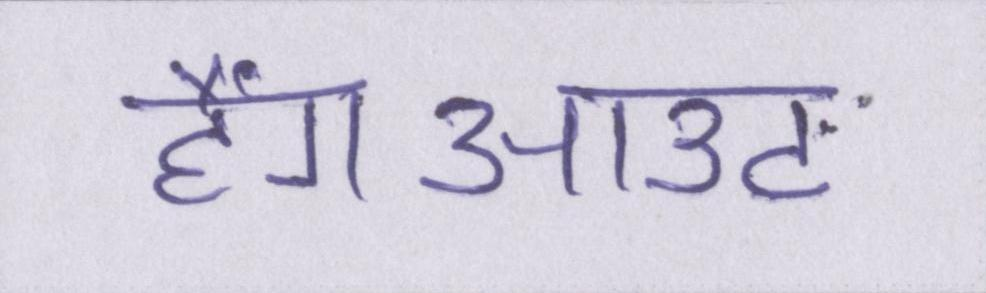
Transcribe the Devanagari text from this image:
हैंगआउट